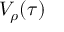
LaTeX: V _ { \rho } ( \tau )